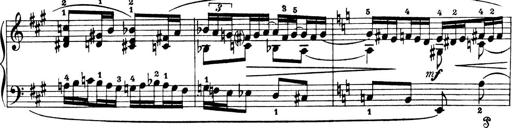
Title: 4 Sonatines
Composer: Max Reger